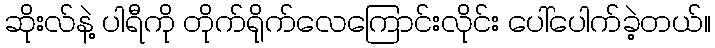
ဆိုးလ်နဲ့ ပါရီကို တိုက်ရိုက်လေကြောင်းလိုင်း ပေါ်ပေါက်ခဲ့တယ်။